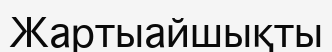
Жартыайшықты